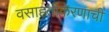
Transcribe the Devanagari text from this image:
वसाहतीकरणाची